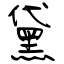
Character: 黛